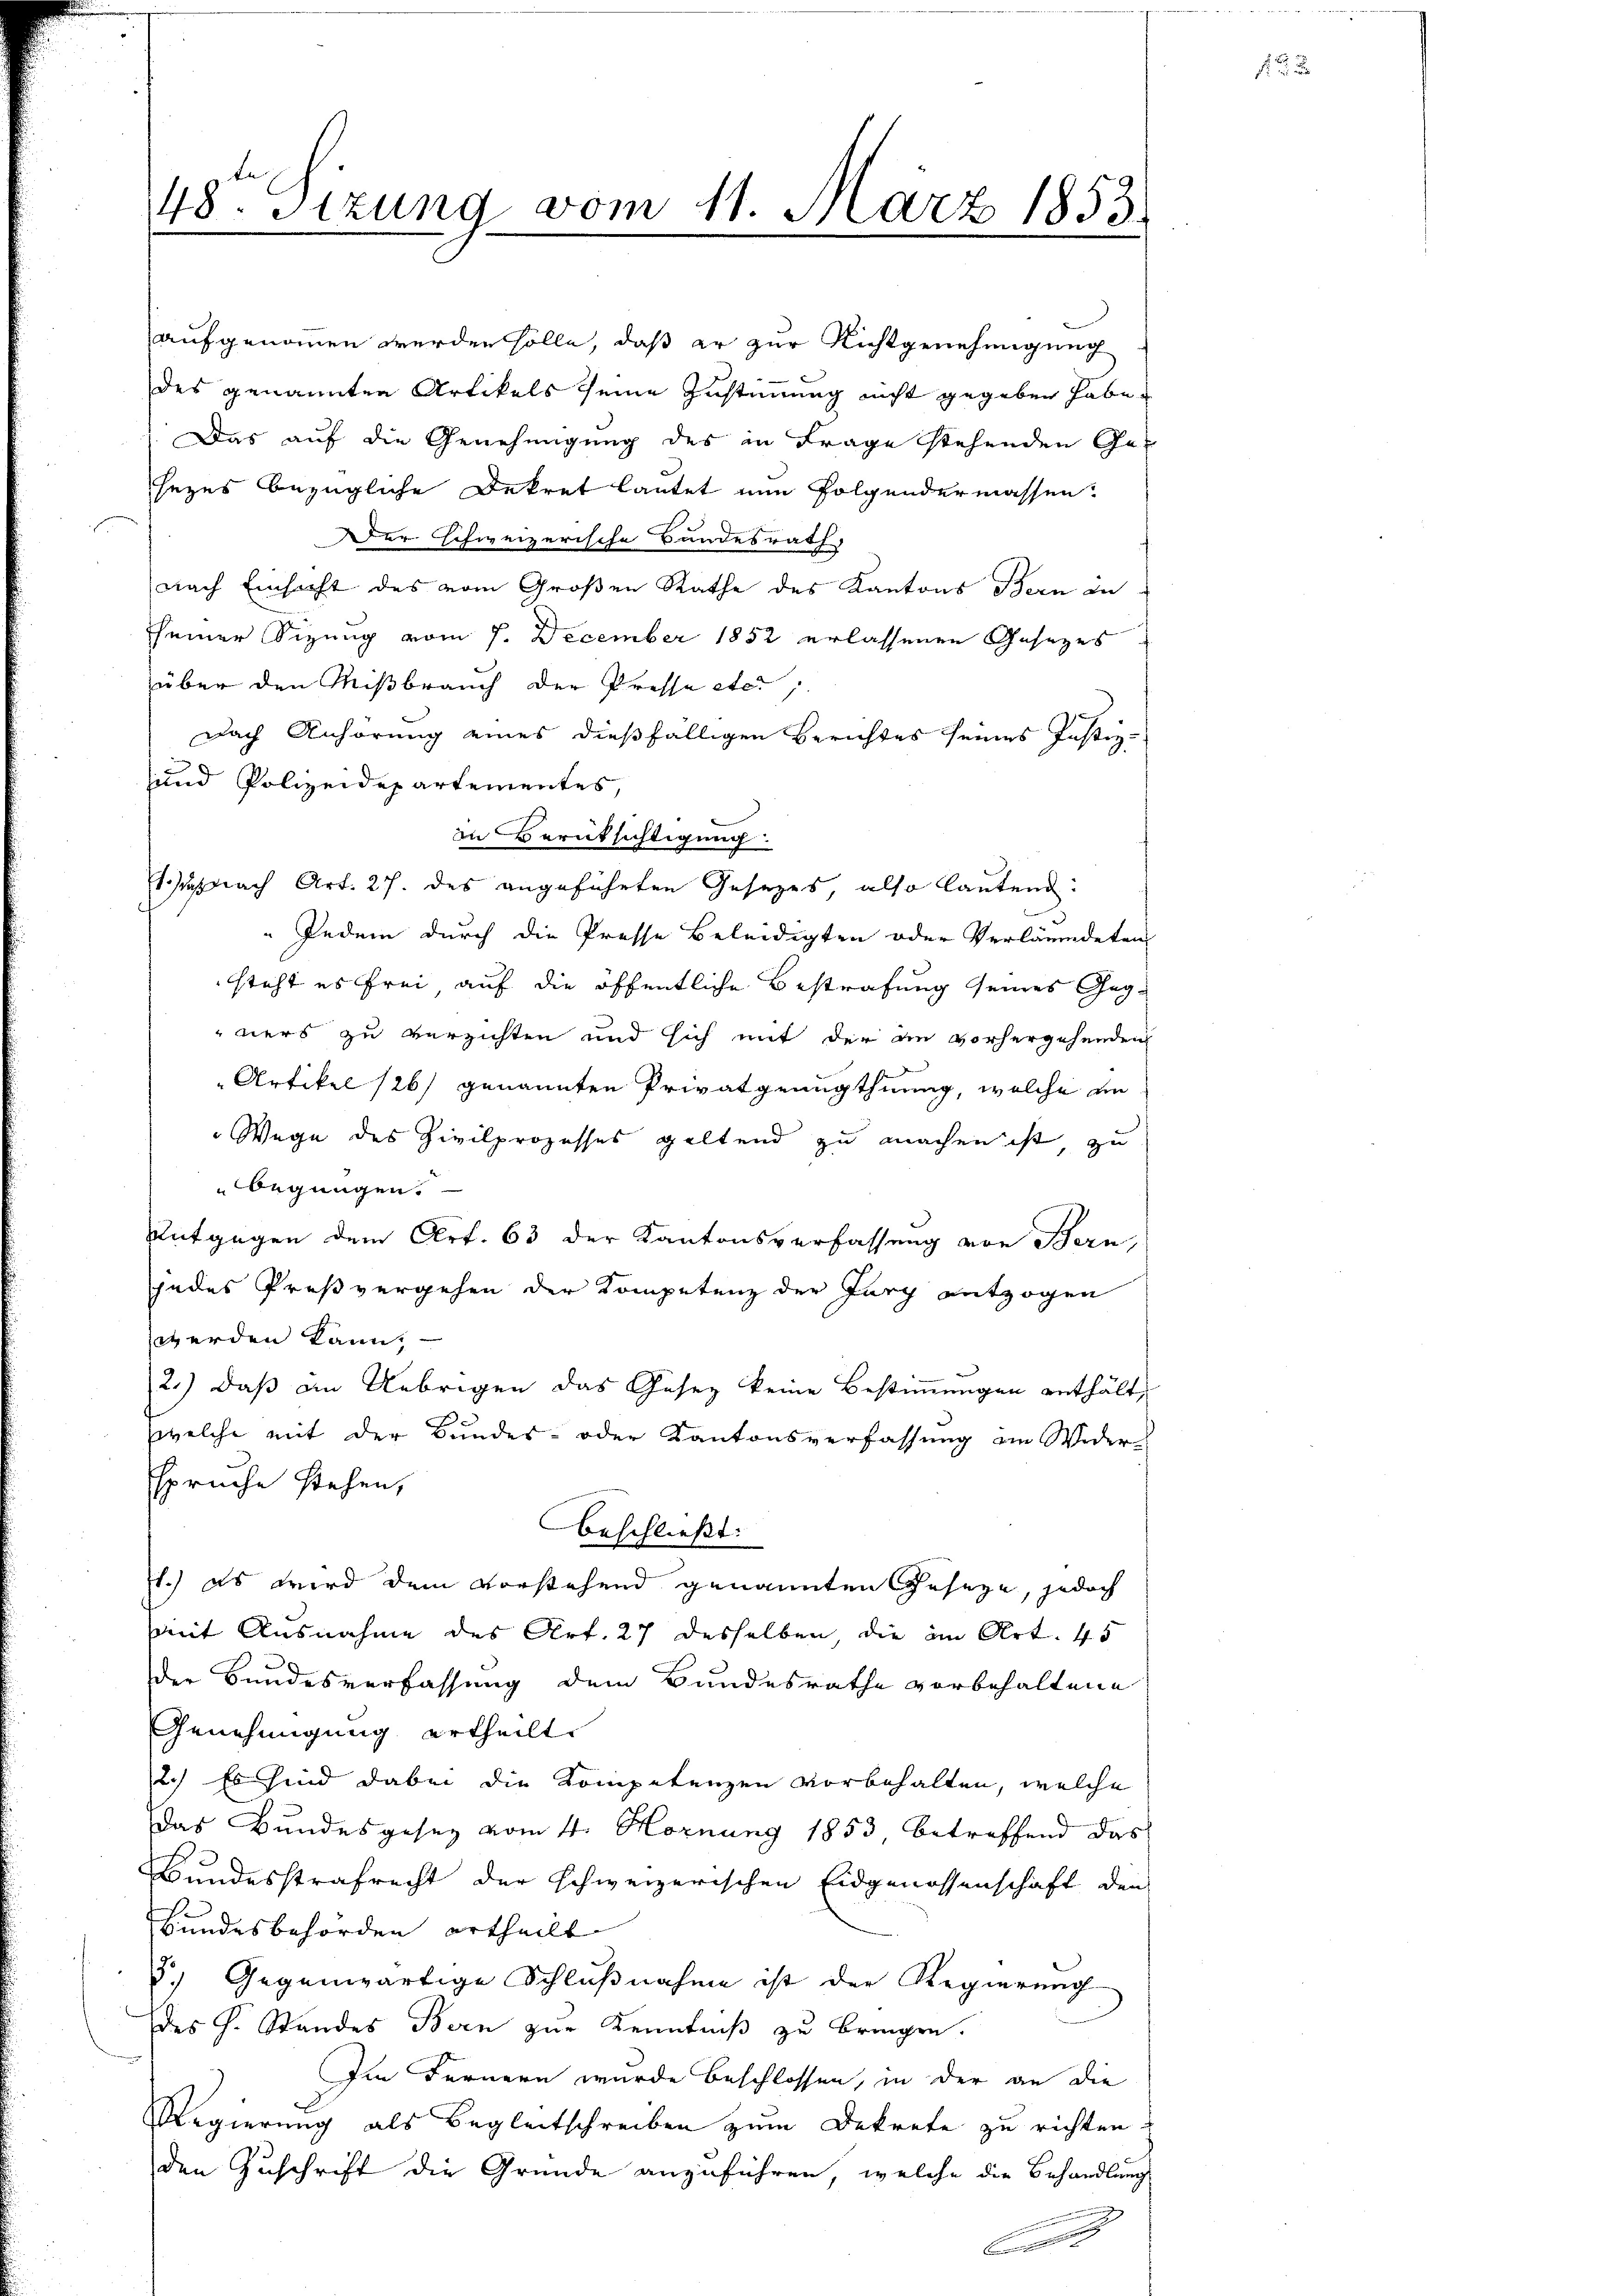
nach Einsacht des vom Großen Rathe des Kantons Bern in
sseiner Sizung vom 7. December 1852 erlassenen Gesezes
über den Mißbrauch der Presse etc.
Dach Anhörung eines dießfälligen Berichtes seines Justiz-
und Polizeidepartementes,
in Berüksichtigung:
1h nach Art. 27. des angeführten Gesezes, also lautend:
„Jedem durch die Presse Beleidigten oder Verläumdeten
steht es frei auf die öffentliche Bestrafung seines Gegners zu verzichten und sich mit der an vorhergehenden
Artikel 126) genannten Privatgenugthuung, welche in
Wege des Zivilprozesses geltend zu machen ist zu
begnügen.
Antgegen dem Art. 63 der Kantonsverfassung von Bern,
jedes Preßvergehen der Kompetenz der Jury entzogen
werden kann,
2.) daß am Uebrigen das Gesez keine Bestimmungen enthält,
welche mit der Bundes- oder Kantonsverfassung an Wider-
spruche stehen,
beschließt:
1.) es wird dem vorstehend genannten Geseze, jedoch
mit Ausnahme des Art. 27 desselben, die am Art. 45
der Bundesverfassung dem Bundesrathe vorbehaltene
Genehmigung ertheilt.
2.) Es sind dabei die Kompetenzen vorbehalten, welche
das Bundesgesez vom 4. Hornung 1853, betreffend das
Bundesstrafrecht der schweizerischen Eidgenossenschaft den
Bundesbehörden ertheilt.
5.) Gegenwärtige Schlußnahme ist der Regierung
des H. Standes Bern zur Kenntniß zu bringen.
Im Fernern wurde beschlossen, in der an die
Regierung als Begleitschreiben zum Dekrete zu richten.
den Zuschrift die Gründe anzuführen, welche die Behandlung

48te Sizung vom 11. März 1853.

aufgenommen werden solle, daß er zur Richtgenehmigung
des genannten Artikels seine Zustimmung nicht gegeben habe.
 Das auf die Genehmigung des in Frage stehenden Ge-
sezes bezügliche Dekret lautet nun folgendermassen:
Der schweizerische Bundesrath,